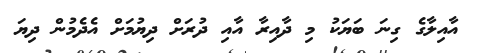
އާއިލާގެ ގިނަ ބަޔަކު މި ދާއިރާ އާއި ދުރަށް ދިޔުމަށް އެދެމުން ދިޔަ